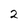
Character: 2